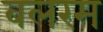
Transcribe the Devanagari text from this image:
बलरम